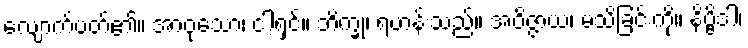
လျောက်ပတ်၏။ အာဝုသော၊ ငါ့ရှင်။ ဘိက္ခု၊ ရဟန်းသည်။ အဝိဇ္ဇာယ၊ မသိခြင်းကို။ နိဗ္ဗိဒါ၊